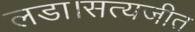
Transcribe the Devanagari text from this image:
लडा।सत्यजीत